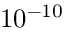
1 0 ^ { - 1 0 }